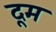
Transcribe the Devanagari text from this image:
दूूम